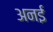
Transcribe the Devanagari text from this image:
अनई